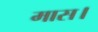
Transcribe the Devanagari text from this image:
मास।